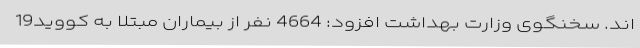
اند. سخنگوی وزارت بهداشت افزود: 4664 نفر از بیماران مبتلا به کووید19